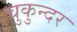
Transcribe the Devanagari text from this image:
चुकुन्दर